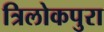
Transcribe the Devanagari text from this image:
त्रिलोकपुरा